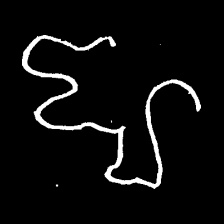
Pyu character \u2014 Myanmar letter: ဈ (romanized: jha)